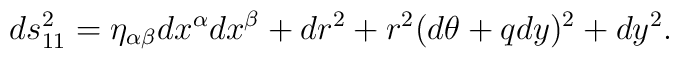
ds_{11}^2 = \eta_{\alpha\beta}dx^\alpha dx^\beta+dr^2+r^2(d\theta+qdy)^2+dy^2.